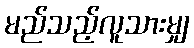
မည်သည့်လူသားမျှ